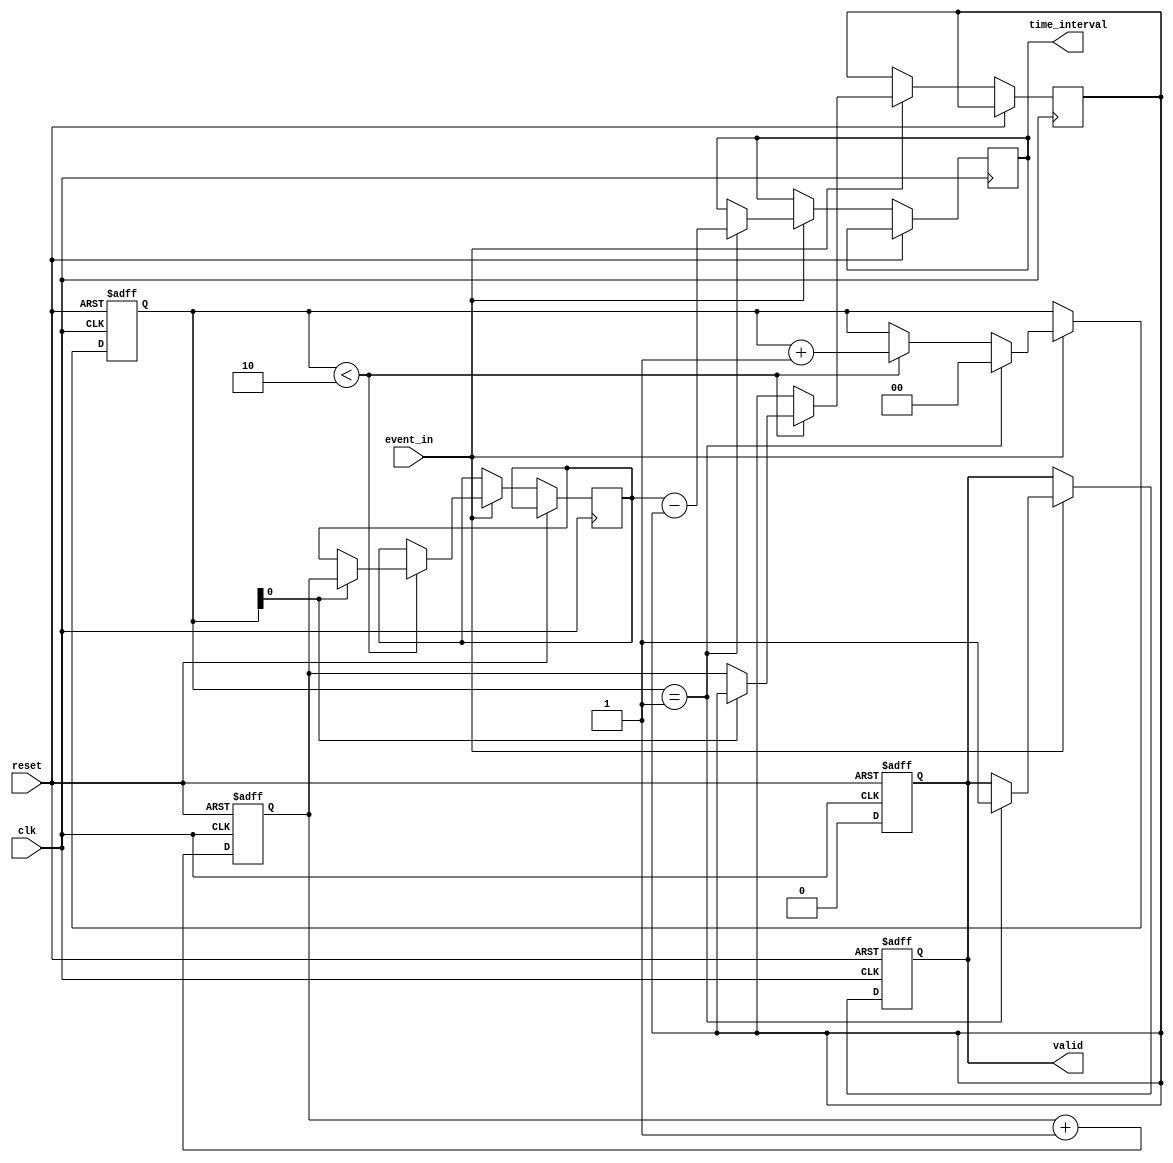
module TDC (
    input wire clk,                // High-frequency clock signal
    input wire reset,              // Asynchronous reset
    input wire event_in,           // Input event signal
    output reg [31:0] time_interval, // Output time interval between events
    output reg valid               // Output valid signal
);

    reg [31:0] timestamp [1:0];    // Array to hold timestamps for two events
    reg [1:0] event_count;          // Count of detected events
    reg [31:0] clock_count;         // Current clock count
    reg [31:0] last_timestamp;      // Last timestamp for interval calculation

    // Clock counter
    always @(posedge clk or posedge reset) begin
        if (reset) begin
            clock_count <= 32'b0;
        end else begin
            clock_count <= clock_count + 1;
        end
    end

    // Event detection and timestamp generation
    always @(posedge clk or posedge reset) begin
        if (reset) begin
            event_count <= 2'b0;
            valid <= 1'b0;
        end else if (event_in) begin
            if (event_count < 2) begin
                timestamp[event_count] <= clock_count; // Capture timestamp
                event_count <= event_count + 1;
            end
            
            // Calculate time interval after two events
            if (event_count == 1) begin
                time_interval <= timestamp[1] - timestamp[0]; // Calculate interval
                valid <= 1'b1; // Indicate valid output
                // Reset for next measurement
                event_count <= 2'b0;
            end
        end
    end

    // Reset valid signal after reading
    always @(posedge clk or posedge reset) begin
        if (reset) begin
            valid <= 1'b0;
        end else if (valid) begin
            valid <= 1'b0; // Reset valid signal after reading
        end
    end

endmodule